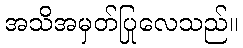
အသိအမှတ်ပြုလေသည်။